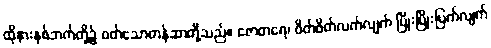
ထိုနားနှစ်ဘက်တို့၌ ဝတ်သောတန်ဆာတို့သည်။ ဇောတရေ၊ ဖိတ်ဖိတ်လက်လျက် ပြိုးပြိုးပြက်လျက်